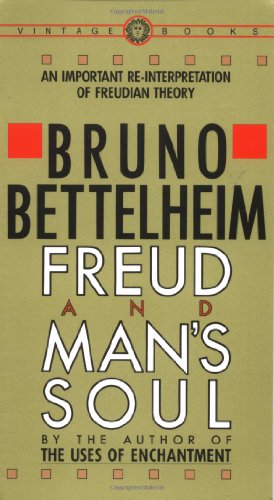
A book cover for Freud and Man's Soul: An Important Re-Interpretation of Freudian Theory; Bruno Bettelheim; Medical Books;